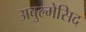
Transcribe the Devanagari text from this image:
अबुल्मेसिद